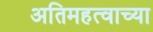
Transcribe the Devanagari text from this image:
अतिमहत्वाच्या